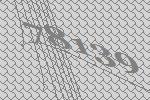
78139